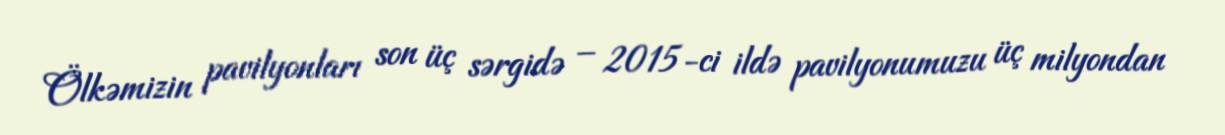
Ölkəmizin pavilyonları son üç sərgidə – 2015-ci ildə pavilyonumuzu üç milyondan